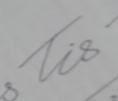
Signature authenticity: genuine